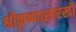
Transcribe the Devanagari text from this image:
श्रीकृष्णासारखी